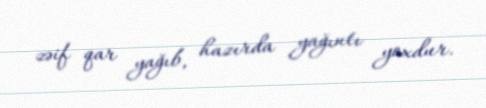
zəif qar yağıb, hazırda yağıntı yoxdur.